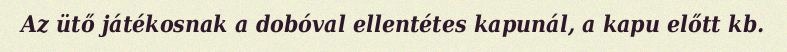
Az ütő játékosnak a dobóval ellentétes kapunál, a kapu előtt kb.